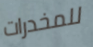
للمخدرات